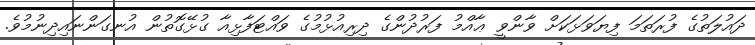
ދައުލަތުގެ ފުރަތަމަ ފިޔަވަޅަކަށް ވާންވީ ޢާއްމު ފަރުދުންގެ ދިރިއުޅުމުގެ ވައްޓަފާޅިއާ ގުޅޭގޮތުން އުނގަންނައިދިނުމުވެ.